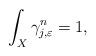
LaTeX: \begin{align*}\int_X \gamma_{j, \varepsilon}^n =1,\end{align*}